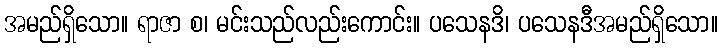
အမည်ရှိသော။ ရာဇာ စ၊ မင်းသည်လည်းကောင်း။ ပသေနဒိ၊ ပသေနဒီအမည်ရှိသော။